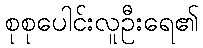
စုစုပေါင်းလူဦးရေ၏